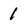
Character: 1